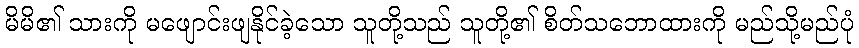
မိမိ၏ သားကို မဖျောင်းဖျနိုင်ခဲ့သော သူတို့သည် သူတို့၏ စိတ်သဘောထားကို မည်သို့မည်ပုံ